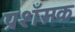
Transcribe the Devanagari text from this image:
प्रशँसक